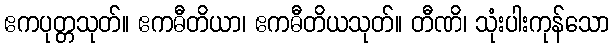
ဧကပုတ္တသုတ်။ ဧကဓီတိယာ၊ ဧကဓီတိယသုတ်။ တီဏိ၊ သုံးပါးကုန်သော